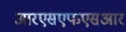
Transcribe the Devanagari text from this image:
आरएसएफएसआर